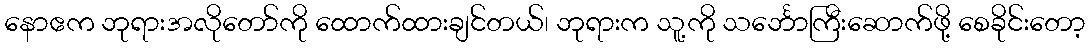
နောဧက ဘုရားအလိုတော်ကို ထောက်ထားချင်တယ်၊ ဘုရားက သူ့ကို သင်္ဘောကြီးဆောက်ဖို့ စေခိုင်းတော့